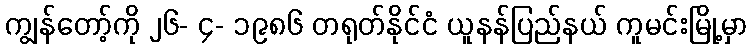
ကျွန်တော့်ကို ၂၆- ၄- ၁၉၈၆ တရုတ်နိုင်ငံ ယူနန်ပြည်နယ် ကူမင်းမြို့မှာ